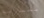
بممارسة